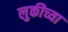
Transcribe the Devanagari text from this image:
लुकीच्या